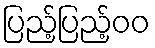
ပြည့်ပြည့်၀၀